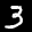
Label: 3